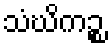
သံဃိကဉ္စ